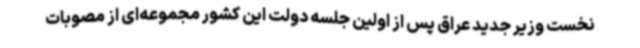
نخست وزیر جدید عراق پس از اولین جلسه دولت این کشور مجموعه‌ای از مصوبات